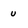
Character: u